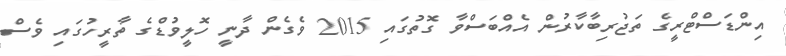
އިންޑަސްޓްރީގެ ތަޖުރިބާކާރުން އެއްބަސްވާ ގޮތުގައި 2015 ވެގެން ދާނީ ހޮލީވުޑްގެ ތާރީހުގައި ވެސް